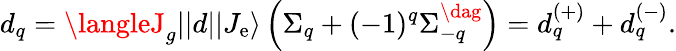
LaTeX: d_{q}=\langleJ_{g}||d||J_{\mathrm{e}}\rangle\left(\Sigma_{q}+(-1)^{q}\Sigma_{-q}^{\dag}\right)=d_{q}^{(+)}+d_{q}^{(-)}.